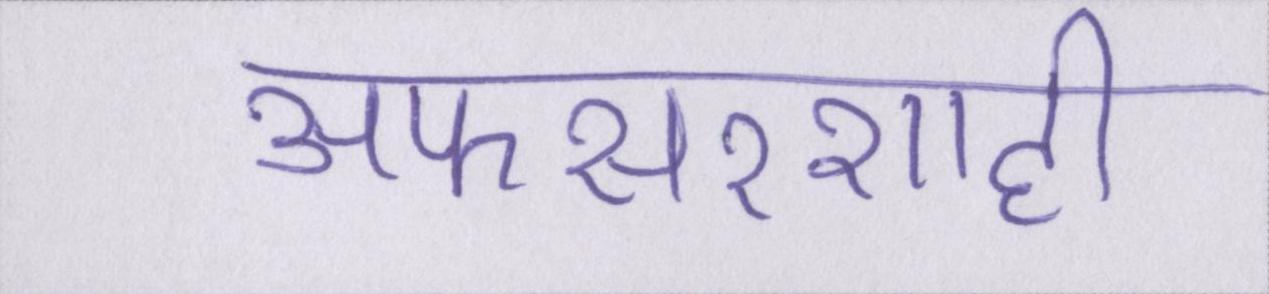
अफसरशाही